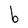
Character: b